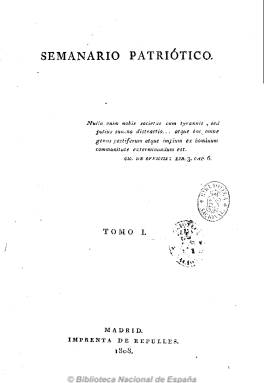
Título: Semanario patriótico
Colección: Periódicos anteriores a 1850
Ámbito geográfico: Madrid
Lugar de publicación: Madrid
Fechas: 01/09/1808-19/03/1812

Asenjo (1933) ya lo había calificado como “el primer periódico realmente político que se publicó en España”, después de que Gómez Ímaz (1910) lo hubiera verificado como uno de los “más interesantes” del primer periodo constitucional, que influyó no sólo en la convocatoria a Cortes sino en las profundas reformas introducidas en la carta magna gaditana, mientras que Criado y Domínguez (1892) lo había motejado previamente de “denodado paladín de las soluciones liberales” a la vez que  “ponderado”. Se trata del periódico fundado por Manuel José Quintana (1772-1857), al que le acompañan en esta magnífica tarea como principales redactores los también “distinguidos” literatos e ilustrados José María Blanco White (1775-1841), Bartolomé José Gallardo (1776-1852), Isidoro de Antillón (1778-1814), Juan Álvarez Guerra (1770-1845), Eugenio de Tapia (1776-1860) o Alberto Lista (1775-1848), quienes, a pesar de sus ideas jacobinas, no se “afrancesarán” sino que, como acérrimos defensores de la independencia, liderarán el bando de los “patriotas” liberales.

Previamente a la salida del semanario, Quintana había presidido en su casa madrileña su famosa tertulia, no sólo de carácter literario sino también político, desafecta al bando literario de Leandro Fernández de Moratín (1760-1828) pero también del autócrata Manuel Godoy (1767-1851), abrigando en torno a ella las nuevas ideas políticas, económicas, religiosas, literarias o estéticas que habían explosionado con la Revolución Francesa. Del tal suerte, que Gómez Aparicio (1967) señalará como el que “más habría de contribuir a la introducción y difusión en España de las ideas disolventes de la revolución francesa” a un Semanario patriótico que para Seoane (1996) fue “tal vez el más representativo del periodo y el que más prestigio e influjo alcance”, como periódico “serio, doctrinal y didáctico”, llegando a alcanzar un gran éxito, como lo prueban sus 3.000 suscriptores, una cifra extraordinaria para la época.

Una vez que las tropas imperiales napoleónicas evacuan por primera la capital española, el semanario comenzará a ser publicado el uno de septiembre de 1808, y tendrá tres épocas, correspondientes a sus respectivas ciudades de edición: Madrid, Sevilla y Cádiz. Saldrá cada jueves en entregas en 4º, en dos pliegos o dos pliegos y medio, es decir, de 16 o 20 páginas, compuestas a una columna, estructuradas en dos grandes secciones: la histórica y la literaria, con mucha mayor preponderancia de la primera. En esta, se incluirán epígrafes, como el de Noticias del interior o del Reyno, del exterior o extranjeras, o públicas, con crónicas de las acontecimientos bélicos; el de Política, en donde se incluyen los artículos de fondo y los didácticos que establecen principios como el de soberanía nacional, artículos remitidos o comunicados, cartas, manifiestos, bandos y legislación política y militar. En la de Literatura, se dará cuenta de obras o se incluirán composiciones en verso.

En su época madrileña, el semanario se mostrará partidario de la centralización del poder y contribuirá a la constitución de la Junta Central. La numeración de las páginas de cada tomo del periódico es correlativa, y el primero suma 240, estampado en la Imprenta de Repullés, e incluye el Prospecto. El 13 es el último número de dicho tomo, que corresponde al 24 de noviembre de 1808, y al final del mismo la nota A los lectores, se expresa que el número 14, correspondiente al uno de diciembre, y que inicia nueva paginación, también se había publicado en Madrid. El caso es que, ante la inminente segunda invasión de la capital por las tropas francesas, tanto la Junta Central como los redactores del semanario se trasladarán a Sevilla.

La edición del semanario quedó interrumpida hasta el cuatro de mayo de 1809, que reaparece con la entrega 15. Inicia de nuevo la paginación, comenzando así su etapa hispalense, y saliendo de la imprenta de la Viuda de Vázquez y Compañía. Al haber sido Quintana nombrado, en enero de de ese año, oficial de primera de la Secretaría General de la Junta Central, la redacción del periódico queda encomendada principalmente a Antillón, que se ocupará de la parte “histórica”, y a Blanco White, que se ocupará de la “política”, aunque seguirá teniendo también la sección de Literatura, y colaborará asimismo Lista, mientras que Gallardo dejará de estar vinculado a la publicación a finales de mayo. El periódico obtendrá una destacada aceptación por parte del público ilustrado, siendo una publicación “seria y doctamente escrita” y alejada de irresponsables polémicas, pero sus redactores llegarán a ser advertidos por la Junta Central de que templaran y “no extremaran sus ideas en punto a reformas políticas” (Gómez Ímaz, 1910), y al final del número 32, correspondiente al 31 de agosto de 1809, el artículo bajo el epígrafe Aviso al público expresa “la dura necesidad de anunciar” su suspensión, antes de ver al semanario “mudado en otra cosa que lo que hasta ahora ha sido”. De esta forma se cierra su época sevillana, a la que pertenecen el segundo trimestre, que llega hasta el número 27, de 27 de junio, y el tercer trimestre, que había empezado el tres de agosto, y queda interrumpido, integrando el segundo tomo de la colección, con un total de 292 páginas.

A los quince meses de su suspensión, el semanario reaparecerá en Cádiz, en donde las Cortes, reunidas para la elaboración del primer texto constitucional español, acaban de declarar por primera vez en España la libertad de imprenta. Así lo expone la nota que, como editor, suscribe Quintana, quien volverá a partir de ahora a ser uno de sus principales redactores, aunque estará acompañado de colaboradores como José Manuel de Vadillo (ca. 1774-1858), Álvarez Guerra, que había sido secretario de la Junta Central, o Antillón, que firma bajo el seudónimo Veranio, y otros que lo hacen con iniciales, como J.M.C.R. y B, mientras que Blanco White se encuentra en Inglaterra. Según Gómez Ímaz, comienza la tercera y la más brillante y prestigiosa época del semanario, juicio este que no comparte Seoane, con el número 33, de 22 de noviembre de 1810, siendo estampado en la Imprenta de Vicente Lema, en entregas de tres pliegos o 24 páginas. Quintana infundirá al periódico su entusiasmo patriótico, su ilustración y sus ideas reformistas, que seguirá ofreciendo información de los sucesos de la guerra y su parte literaria, así como comentarios de las sesiones de Cortes, siendo sus controversias políticas contenidas e imparciales.

La colección de esta tercera y última época está integrada por tomos cuatrimestrales. El III, comprende del número 33, de 22 de noviembre de 1810, al 50, de 21 de marzo de 1811, de 440 páginas; el IV, del número 51, de 27 de marzo, al 67, de 18 de julio, de 412 páginas; el V, del número 68, de 25 de julio, al 85, de 21 de noviembre, de 432 páginas, a partir del 78, de tres de octubre, empezara a ser estampado en la Imprenta Tormentaria; y el VI y último, con indicación de año segundo, del número 86, de 28 de noviembre de 1811, al 102 y último, de 19 de marzo de 1812, de 404 páginas.

El periódico dejará, por tanto, de publicarse definitivamente “el mismo día en que expira el régimen arbitrario”, es decir, el día que es proclamada y jurada la primera Constitución española. El Tribunal de la Inquisición prohibirá su lectura por un edicto de julio de 1815 bajo pena de excomunión.

Además de los citados, sobre este título y sus editores o redactores principales cabe mencionar los trabajos de Vicente Lloréns (1961), André Pons (1990), Raquel Rico Linage (1998 y 2009), Fernando Durán López (2003 y 2006), María Eugenia Claps Arenas (2005), Antonio Gárnica Silva (2005), María José Ruiz Acosta (2009) y Alejandra Pasino (2010), entre otros.